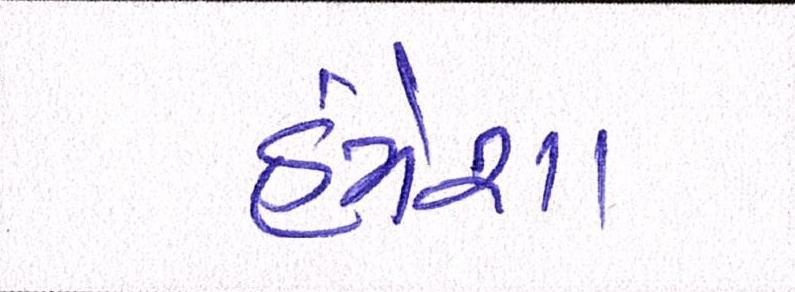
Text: હંમેશા